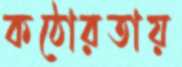
কঠোরতায়